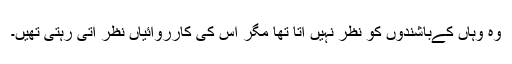
وہ وہاں کےباشندوں کو نظر نہیں آتا تھا مگر اس کی کارروائیاں نظر آتی رہتی تھیں۔